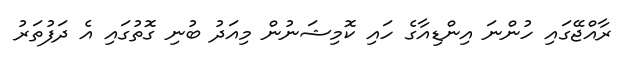
ރާއްޖޭގައި ހުންނަ އިންޑިއާގެ ހައި ކޮމިޝަނުން މިއަދު ބުނި ގޮތުގައި އެ ދަފުތަރު